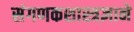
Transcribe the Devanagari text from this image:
संगणकशास्त्रज्ञाने